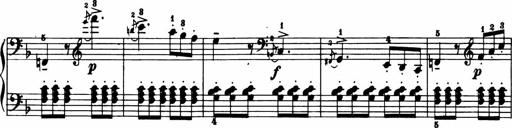
Title: 11 Sonatinas for Piano Solo
Composer: Anton Diabelli